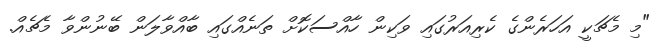
"މި މެޗަކީ އަހަރެންގެ ކެރިއަރުގައި ވަކިން ހާއްސަކޮށް ތަނެއްގައި ބާއްވާލަން ބޭނުންވާ މެޗެއް.